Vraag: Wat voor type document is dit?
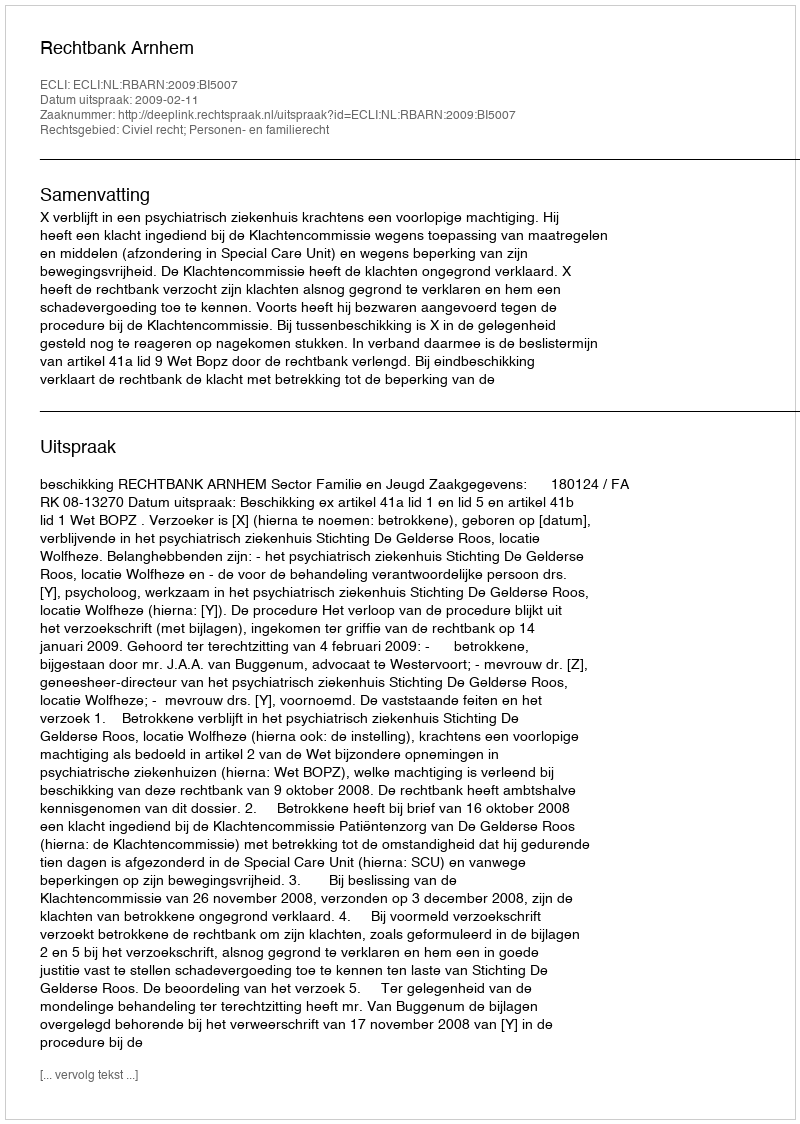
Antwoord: Uitspraak